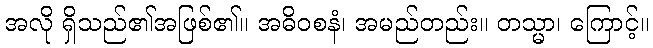
အလို ရှိသည်၏အဖြစ်၏။ အဓိဝစနံ၊ အမည်တည်း။ တသ္မာ၊ ကြောင့်။